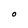
Character: O